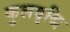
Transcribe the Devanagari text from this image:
कुलवृद्धि